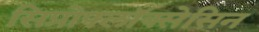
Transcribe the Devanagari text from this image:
सिप्रोफ्लॉक्सेसिन